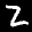
Label: 2